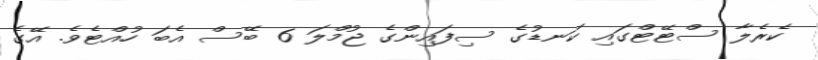
ކެރެލާ ސްޓޭޓްގައި ކަނޑުގެ ސިފައިންގެ ޖުމްލަ 6 ބޭސް އެބަ ހުއްޓެވެ. އޭގެ